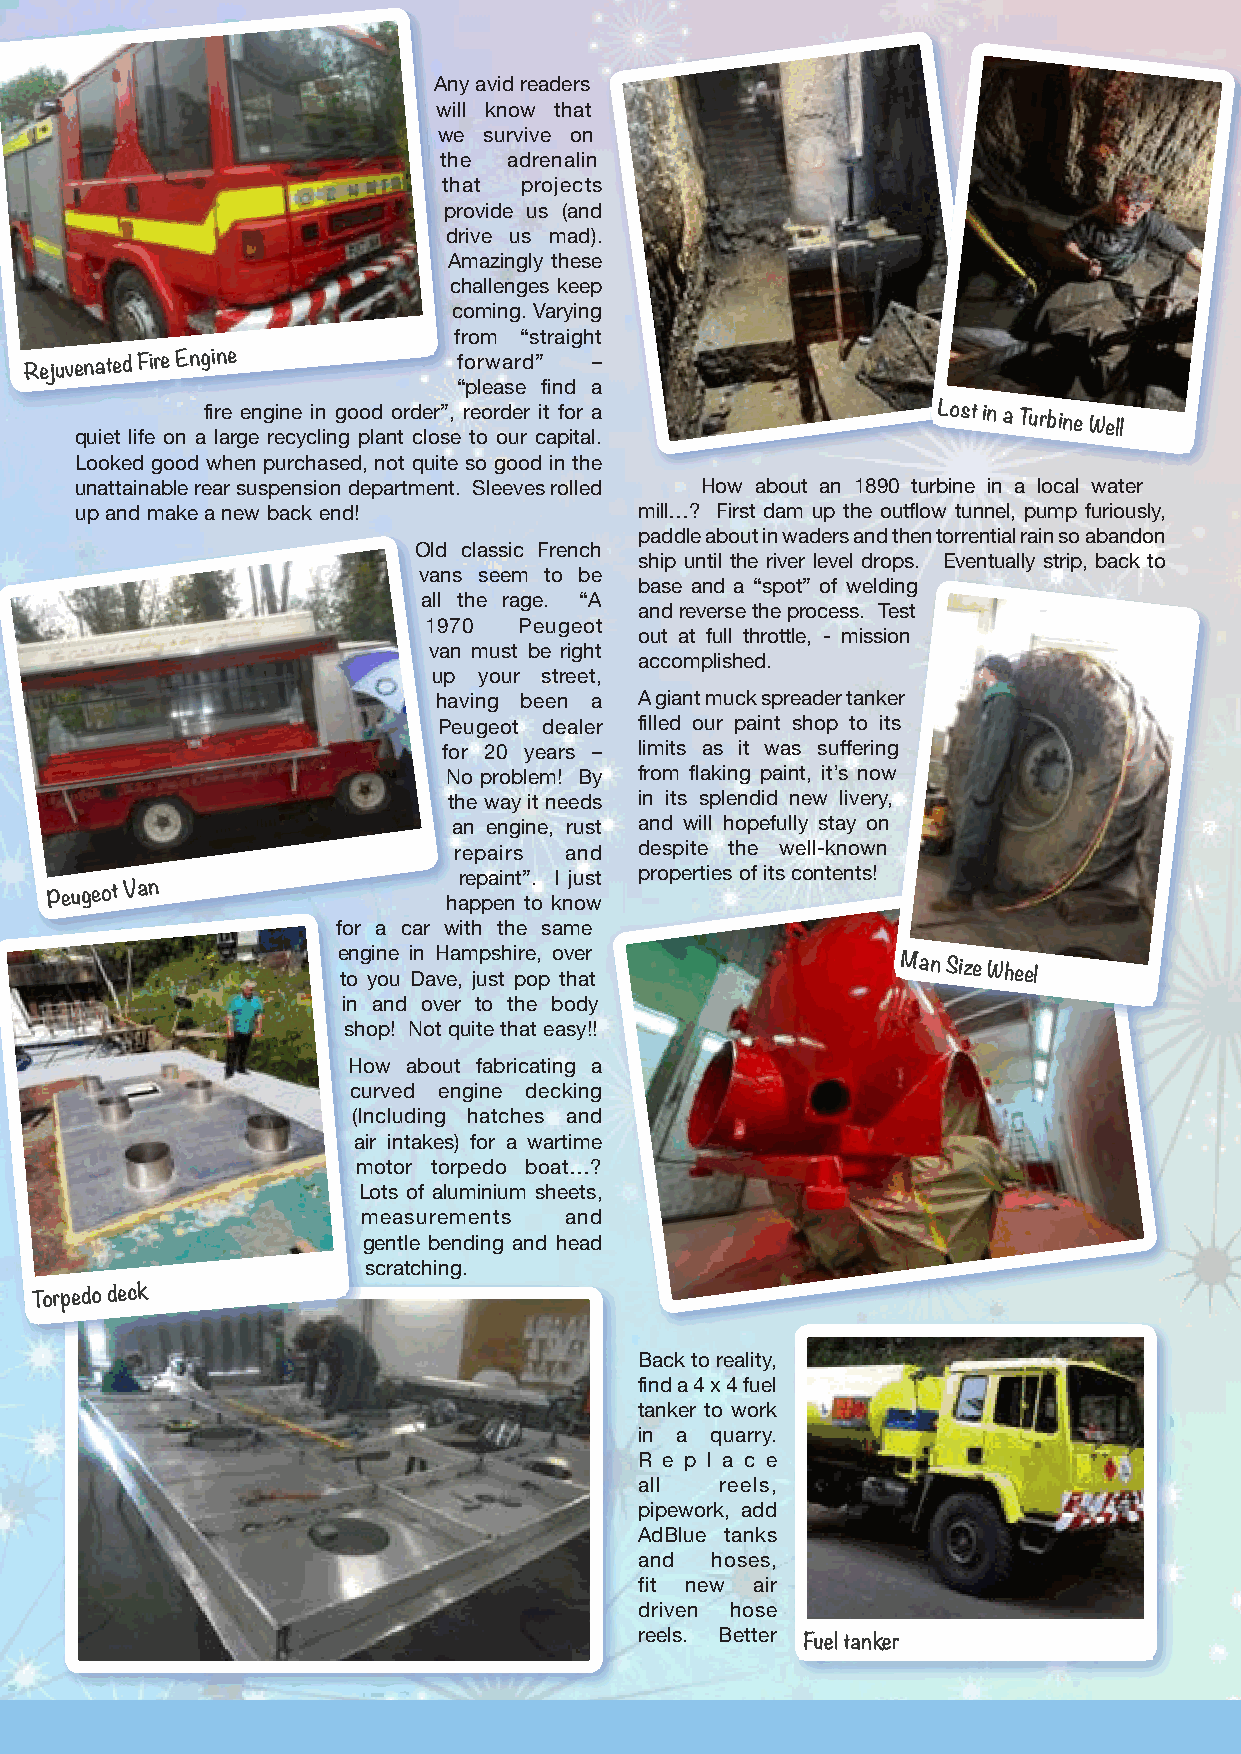
Any avid readers
 will know that
 we survive on
 the  adrenalin
 that projects
 provide us (and
 drive us mad).
 Amazingly these
 challenges keep
 coming. Varying
 from “straight
 Rejuvenated Fire Engine     forward” –
 “please find a
 quiet life on
 af i lr ae
 r
 ge en g rein ce
 y
 cin
 lin
 g go po ld
 a
 no tr d ce lor s”,
 e
 r te oo r od ue rr cit
 a
 pfo itr
 a
 a
 l.
 Lost in a Turbine
 Well
 Looked good when purchased, not quite so good in the
 unattainable rear suspension department. Sleeves rolled How about an 1890 turbine in a local water
 up and make a new back end!          mill…? First dam up the outflow tunnel, pump furiously,
 paddle about in waders and then torrential rain so abandon
 Old classic French
 ship until the river level drops. Eventually strip, back to
 vans seem to be
 base and a “spot” of welding
 all the rage. “A
 and reverse the process. Test
 1970  Peugeot
 out at full throttle, - mission
 van must be right
 accomplished.
 up your street,
 having been a A giant muck spreader tanker
 Peugeot dealer filled our paint shop to its
 for 20 years – limits as it was suffering
 No problem! By from flaking paint, it’s now
 the way it needs in its splendid new livery,
 an engine, rust and will hopefully stay on
 repairs and despite the well-known
 repaint”. I just properties of its contents!
 Peugeot Van
 happen to know
 for a car with the same
 engine in Hampshire, over
 to you Dave, just pop that           Man Size Wheel
 in and over to the body
 shop! Not quite that easy!!
 How about fabricating a
 curved engine decking
 (Including hatches and
 air intakes) for a wartime
 motor torpedo boat…?
 Lots of aluminium sheets,
 measurements and
 gentle bending and head
 scratching.
 Torpedo deck
 Back to reality,
 find a 4 x 4 fuel
 tanker to work
 in a quarry.
 R e p l a c e
 all   reels,
 pipework, add
 AdBlue tanks
 and  hoses,
 fit new air
 driven hose
 reels. Better
 Fuel tanker